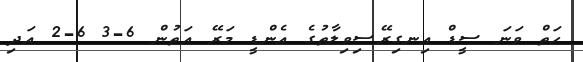
ހަތް ވަނަ ސީޑް އިނގިރޭސިވިލާތުގެ އެންޑީ މަރޭ އަތުން 6-3 6-2 އަދި